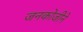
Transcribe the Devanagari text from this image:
जनकोजीने